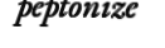
peptonize